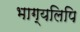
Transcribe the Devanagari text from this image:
भाग्यलिपि